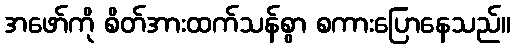
အဖော်ကို စိတ်အားထက်သန်စွာ စကားပြောနေသည်။